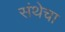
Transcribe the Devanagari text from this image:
संथेचा